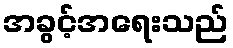
အခွင့်အရေးသည်